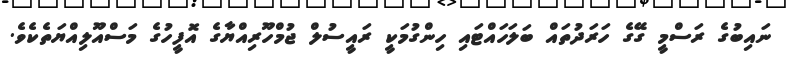
ނައިބުގެ ރަސްމީ ގޭގެ ހަރަދުތައް ބަލަހައްޓައި ހިންގުމަކީ ރައީސުލް ޖުމްހޫރިއްޔާގެ އޮފީހުގެ މަސްއޫލިއްޔަތެކެވެ.